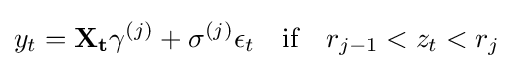
y_{t}=\mathbf {X_{t}} \gamma ^{(j)}+\sigma ^{(j)}\epsilon _{t}\quad {\textrm {if}}\quad r_{j-1}<z_{t}<r_{j}